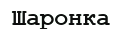
Шаронка